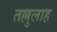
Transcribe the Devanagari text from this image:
तल्लुलाह